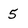
Character: 5